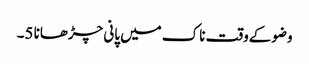
وضوکےوقت ناک میں پانی چڑھانا 5۔